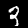
Digit: 3